Vaccine operations Central Provinces 1868-1885 - 1868-1885
Year: 1868
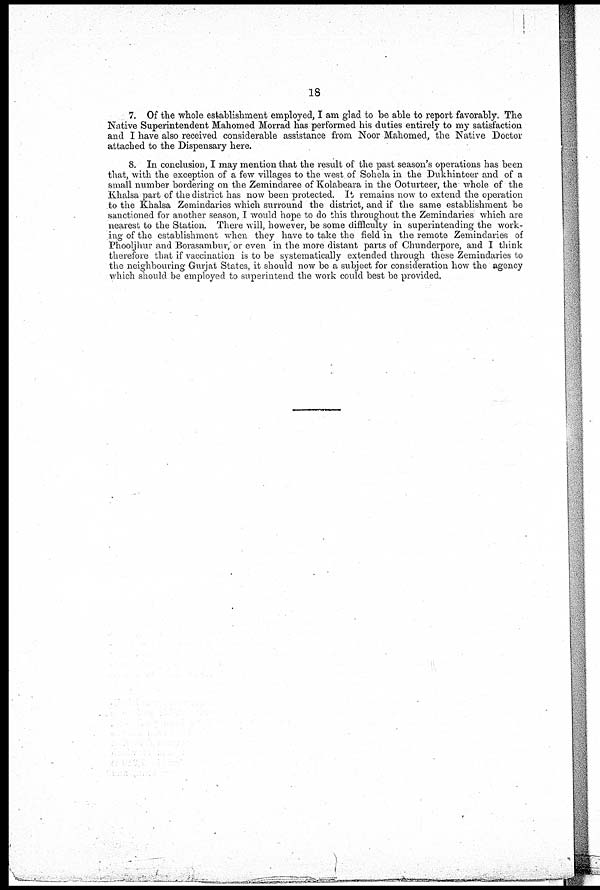
18
7. Of the whole establishment employed, I am glad to be able to report favorably. The
Native Superintendent Mahomed Morrad has performed his duties entirely to my satisfaction
and I have also received considerable assistance from Noor Mahomed, the Native Doctor
attached to the Dispensary here.
8. In conclusion, I may mention that the result of the past season's operations has been
that, with the exception of a few villages to the west of Sohela in the Dukhinteer and of a
small number bordering on the Zemindaree of Kolabeara in the Ooturteer, the whole of the
Khalsa part of the district has now been protected. It remains now to extend the operation
to the Khalsa Zemindaries which surround the district, and if the same establishment be
sanctioned for another season, I would hope to do this throughout the Zemindaries which are
nearest to the Station. There will, however, be some difficulty in superintending the work-
ing of the establishment when they have to take the field in the remote Zemindaries of
Phooljhur and Borasambur, or even in the more distant parts of Chunderpore, and I think
therefore that if vaccination is to be systematically extended through these Zemindaries to
the neighbouring Gurjat States, it should now be a subject for consideration how the agency
which should be employed to superintend the work could best be provided.